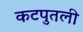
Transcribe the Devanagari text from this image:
कटपुतली